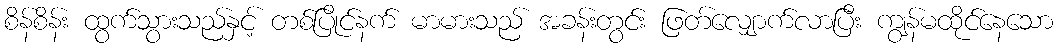
စိန်စိန်း ထွက်သွားသည်နှင့် တစ်ပြိုင်နက် မာမားသည် အခန်းတွင်း ဖြတ်လျှောက်လာပြီး ကျွန်မထိုင်နေသော